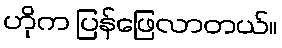
ဟိုက ပြန်ဖြေလာတယ်။